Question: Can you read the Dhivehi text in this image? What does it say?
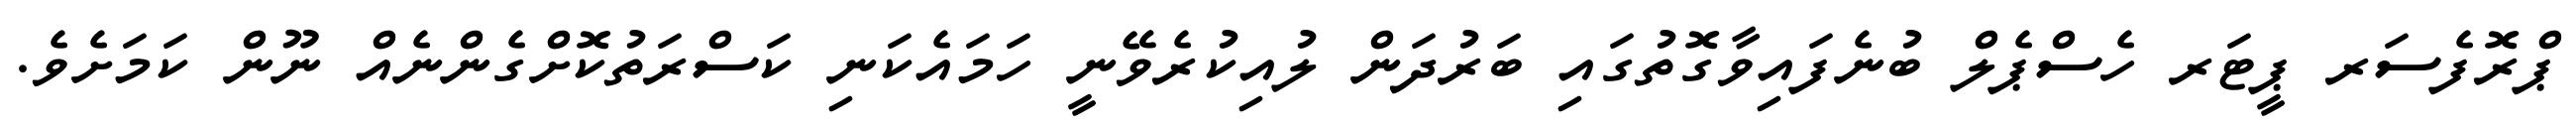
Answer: ޕްރޮފެސަރ ޕީޓަރ ހެސްޕެލް ބުނެފައިވާގޮތުގައި ބަރުދަން ލުއިކުރެވޭނީ ހަމައެކަނި ކަސްރަތުކޮށްގެންނެއް ނޫން ކަމަށެވެ.